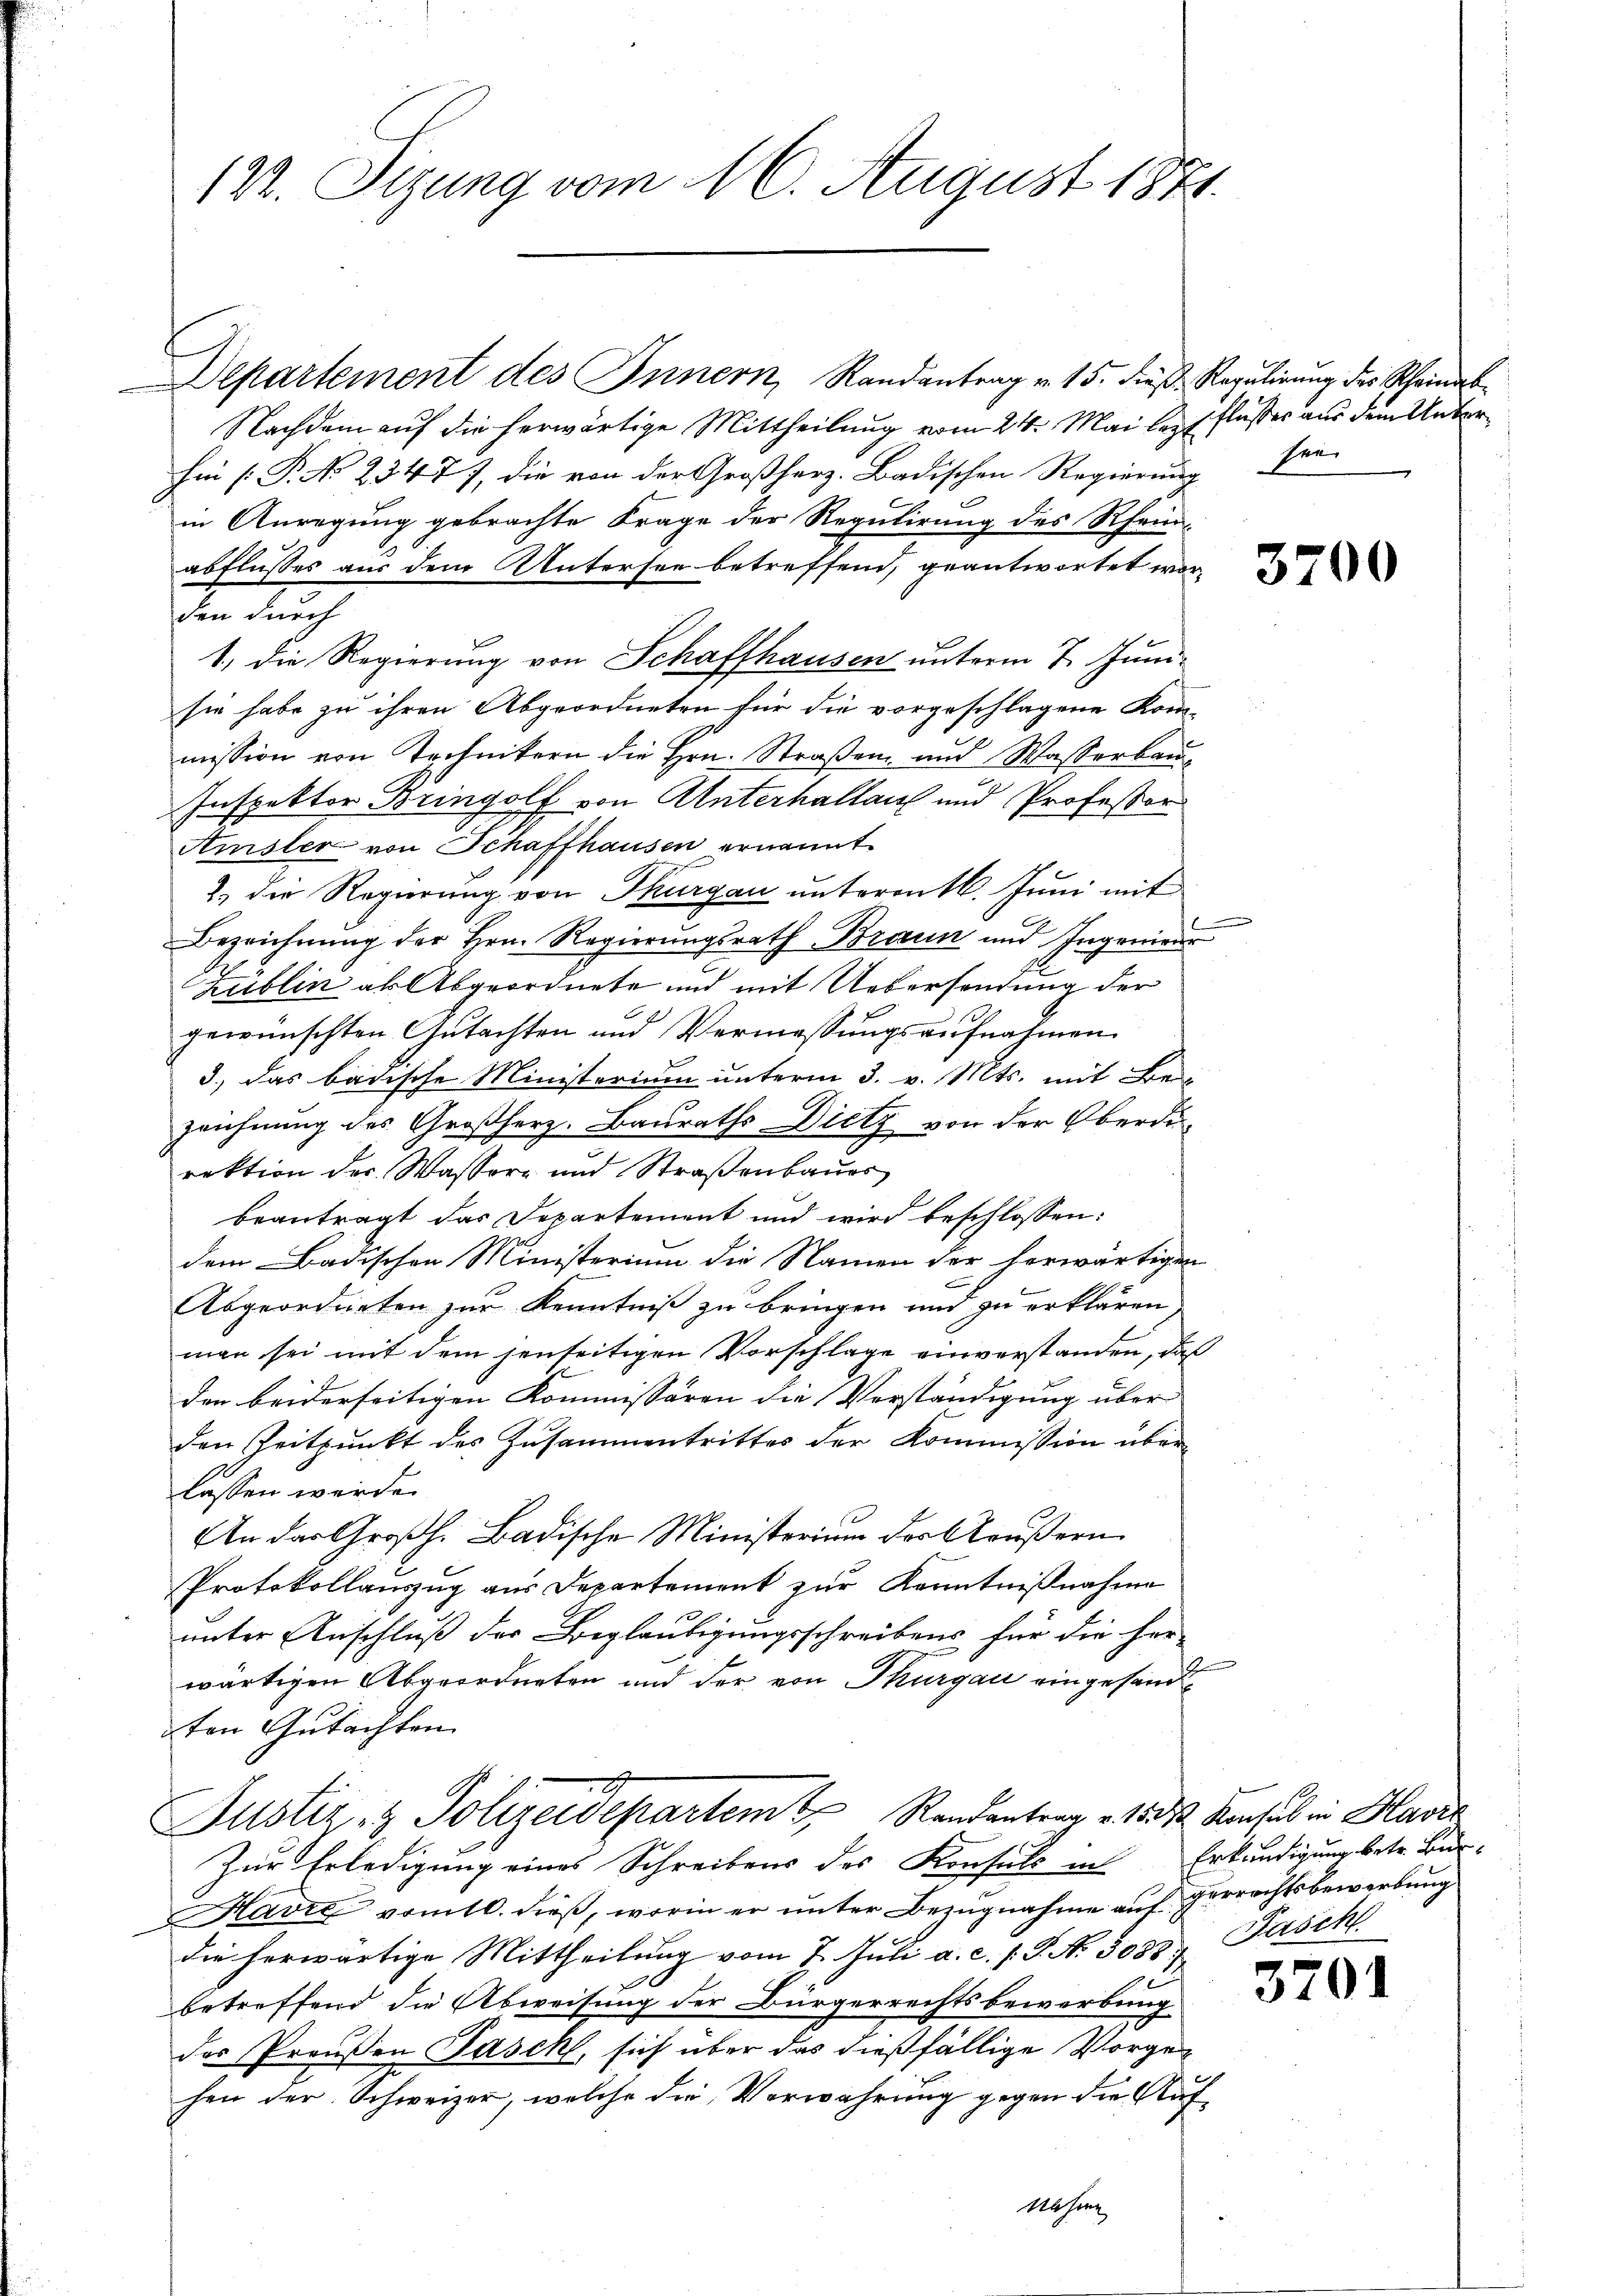
122. Sizung vom 16. August 1871.

Departement des Innern, Randantrag v. 15. dieß, Regulirung des Rheinab¬
Nachdem auf die herwärtige Mittheilung vom 24. Mai leztflußes aus dem Unterhin [P. No 23477, die von der Großherz. Badischen Regierung fer-
in Anregung gebrachte Frage der Regulirung des Rhein
abflusses aus dem Untersee betreffend, geantwortet worden durch
sie habe zu ihren Abgeordneten für die vorgeschlagene Kom-
mission von Technikern die Hrn. Straßen- und Wasserbau¬
Inspektor Bringolf von Unterhallauf und Professor
Amsler von Schaffhausen ernannt
2.) die Regierung von Thurgau unteront. Jŭni mit
Bezeichnŭng der Hrn. Regierŭngsrath Braun und Ingenieur
Zublin als Abgeordnete und mit Uebersendung der
gewünschten Gutachten und Vermassungsaufnahmen
3.) Das badische Ministerium unterm 3. v. Mts. mit Be
zeichnung des Großherz. Bauraths Dietz von der Oberdirektion der Wassere und Straßenbaŭes
beantragt das Departement und wird beschlossen:
dem Badischen Ministerium die Namen der herwärtigen
Abgeordneten zur Kenntniß zu bringen und zu erklären
man sei mit dem jenseitigen Vorschlage einverstanden, daß
den beiderseitigen Kommissären die Vorständigung über |
den Zeitpunkt des Zusammentrittes der Kommission überlassen werde.
An das Großh. Badische Ministerium des Aeußern
Protokollauszug aus Departement zur Kenntnißnahme
unter Anschluß der Beglaubigungsschreibens für die her-
wärtigen Abgeordneten und der von Thurgau eingesandt
2ten Gutachten.
Justiz- & Polizeidepartem Randantrag v. 1832. Konsul in Havić
Zur Erledigung eines Schreibens des Konsuls in Erkundigung betr. Bur¬
Havre vom 10. dieβ, worin er ŭnter Bezŭgnahme aŭf gerrechtsbewerbŭng
die herwärtige Mittheilung vom 7. Juli a. c. s. S. N. 3083, Fasch
betreffend die Abweisung der Bürgerrechtsbewerbung
des Preußen Fasch, sich über das dießfällige Vorgehen der Schweizer, welche die Verwahrung gegen die Auf¬
Wasern

1, die Regierung von Schaffhausen unterm 7. Juni

3700

3701